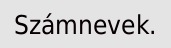
Számnevek.